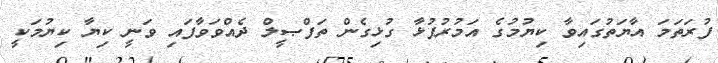
ފުރަތަމަ އާޔަތުގައިވާ ކިޔުމުގެ އަމުރުފުޅާ ގުޅިގެން ތަފްޞީލް ދެއްވަވާފައި ވަނީ ކިޔާ ކިޔުމަކީ